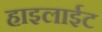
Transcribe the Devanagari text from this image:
हाइलाईट